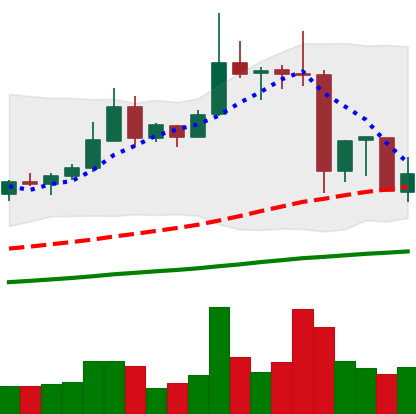
Ticker: XRP-USD
Chart end date: 2019-07-01
Forward return: -4.377%
Label: down_3_5